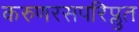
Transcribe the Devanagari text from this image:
करुणरसपरिप्लुत